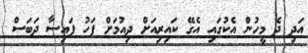
އަދި ދެ މީހުން އެކުގައި އެގޭ ކައިރިއަށް ދިއުމަށް ފަހު ފައިސާ ދަބަސް